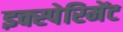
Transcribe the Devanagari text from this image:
इक्स्पेरिमेंट